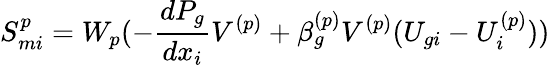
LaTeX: S_{mi}^{p}=W_{p}(-\frac{dP_{g}}{dx_{i}}V^{(p)}+\beta_{g}^{(p)}V^{(p)}(U_{gi}-U_{i}^{(p)}))